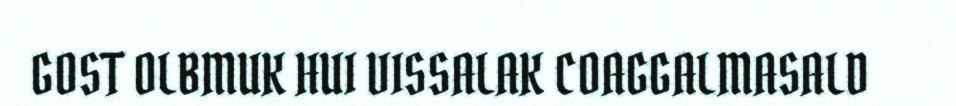
GOST OLBMUK HUI VISSALAK COAGGALMASALD